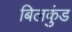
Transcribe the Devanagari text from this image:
बिलकुंड